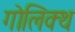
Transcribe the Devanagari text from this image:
गोलिक्थ